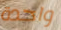
واحدة